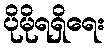
ပိုမိုရရှိရေး